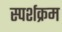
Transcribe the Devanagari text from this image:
स्पर्शक्रम